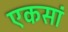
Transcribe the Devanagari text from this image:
एकसां